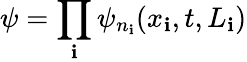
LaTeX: \psi=\prod_{\mathbf{i}}\psi_{n_{\mathbf{i}}}(x_{\mathbf{i}},t,L_{\mathbf{i}})